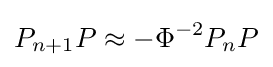
P_{n+1}P\approx -\Phi ^{-2}P_{n}P